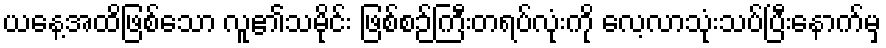
ယနေ့အထိဖြစ်သော လူ၏သမိုင်း ဖြစ်စဉ်ကြီးတရပ်လုံးကို လေ့လာသုံးသပ်ပြီးနောက်မှ